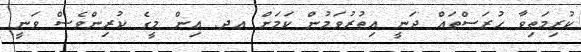
ކުރިމަތިވާ ހުރަސްތައް ދަނީ އިތުރުވަމުން ކަމަށް އދ. އިން މީގެ ކުރިންވެސް ވަނީ